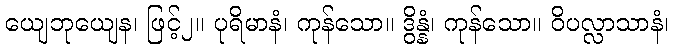
ယျေဘုယျေန၊ ဖြင့်၂။ ပုရိမာနံ၊ ကုန်သော။ ဒွိန္နံ၊ ကုန်သော။ ဝိပလ္လာသာနံ၊